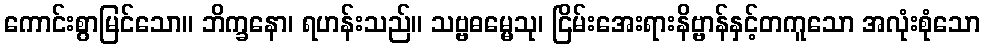
ကောင်းစွာမြင်သော။ ဘိက္ခနော၊ ရဟန်းသည်။ သဗ္ဗဓမ္မေသု၊ ငြိမ်းအေးရားနိဗ္ဗာန်နှင့်တကူသော အလုံးစုံသော